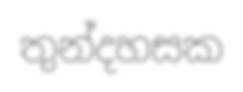
තුන්දහසක